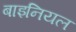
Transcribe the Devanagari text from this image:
बाइनियल